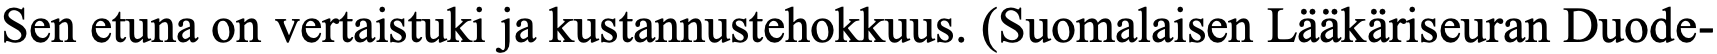
Sen etuna on vertaistuki ja kustannustehokkuus. (Suomalaisen Lääkäriseuran Duode-